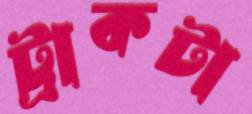
ট্রাকটা